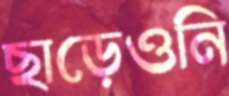
ছাড়েওনি